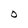
Character: O